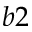
b 2